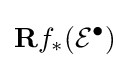
\mathbf {R} f_{*}({\mathcal {E}}^{\bullet })